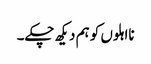
نااہلوں کو ہم دیکھ چکے۔